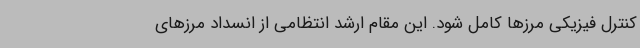
کنترل فیزیکی مرزها کامل شود. این مقام ارشد انتظامی از انسداد مرزهای